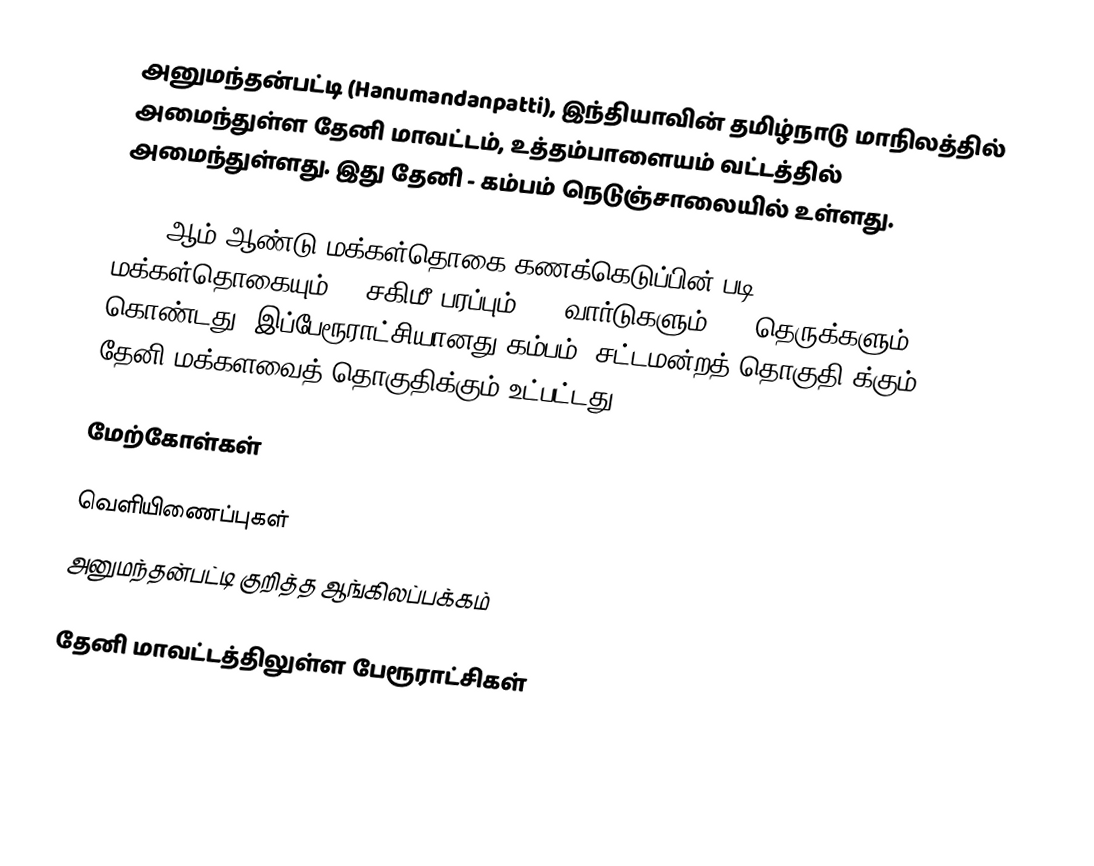
அனுமந்தன்பட்டி (Hanumandanpatti), இந்தியாவின் தமிழ்நாடு மாநிலத்தில் அமைந்துள்ள தேனி மாவட்டம், உத்தம்பாளையம் வட்டத்தில் அமைந்துள்ளது. இது தேனி - கம்பம் நெடுஞ்சாலையில் உள்ளது.

2011-ஆம் ஆண்டு மக்கள்தொகை கணக்கெடுப்பின் படி, 10,619 மக்கள்தொகையும், 7 சகிமீ பரப்பும், 15  வார்டுகளும், 45 தெருக்களும் கொண்டது. இப்பேரூராட்சியானது கம்பம் (சட்டமன்றத் தொகுதி)க்கும், தேனி மக்களவைத் தொகுதிக்கும் உட்பட்டது.

மேற்கோள்கள்

வெளியிணைப்புகள்
  அனுமந்தன்பட்டி குறித்த ஆங்கிலப்பக்கம்

தேனி மாவட்டத்திலுள்ள பேரூராட்சிகள்